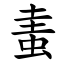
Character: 䖯